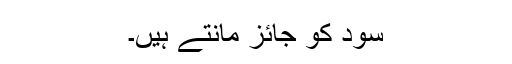
سود کو جائز مانتے ہیں۔